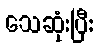
သေဆုံးပြီး